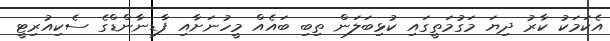
އެކަމަކު ކާރު ދިޔަ މަގުމަތީގައި ކުޅިބަލަން ތިބި ބައެއް މީހުނަށާއި ފާޑިނާންޑްގެ ސެކިއުރިޓީ